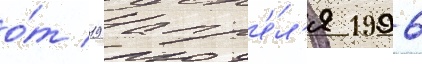
о́т 19 апр'е́л'я 1996